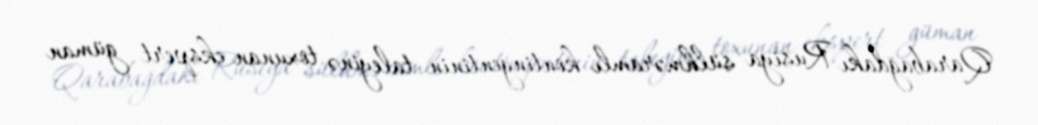
Qarabağdakı Rusiya sülhməramlı kontingentinin taleyinə toxunan ekspert güman